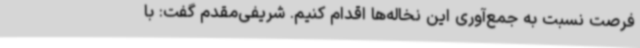
فرصت نسبت به جمع‌آوری این نخاله‌ها اقدام کنیم. شریفی‌مقدم گفت: با